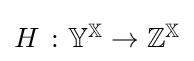
{\textstyle H\ \colon \mathbb {Y} ^{\mathbb {X} }\to \mathbb {Z} ^{\mathbb {X} }}